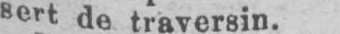
sert de traversin.